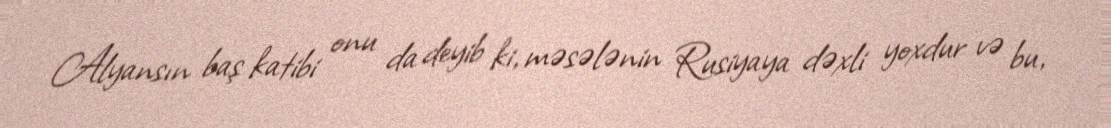
Alyansın baş katibi onu da deyib ki, məsələnin Rusiyaya dəxli yoxdur və bu,